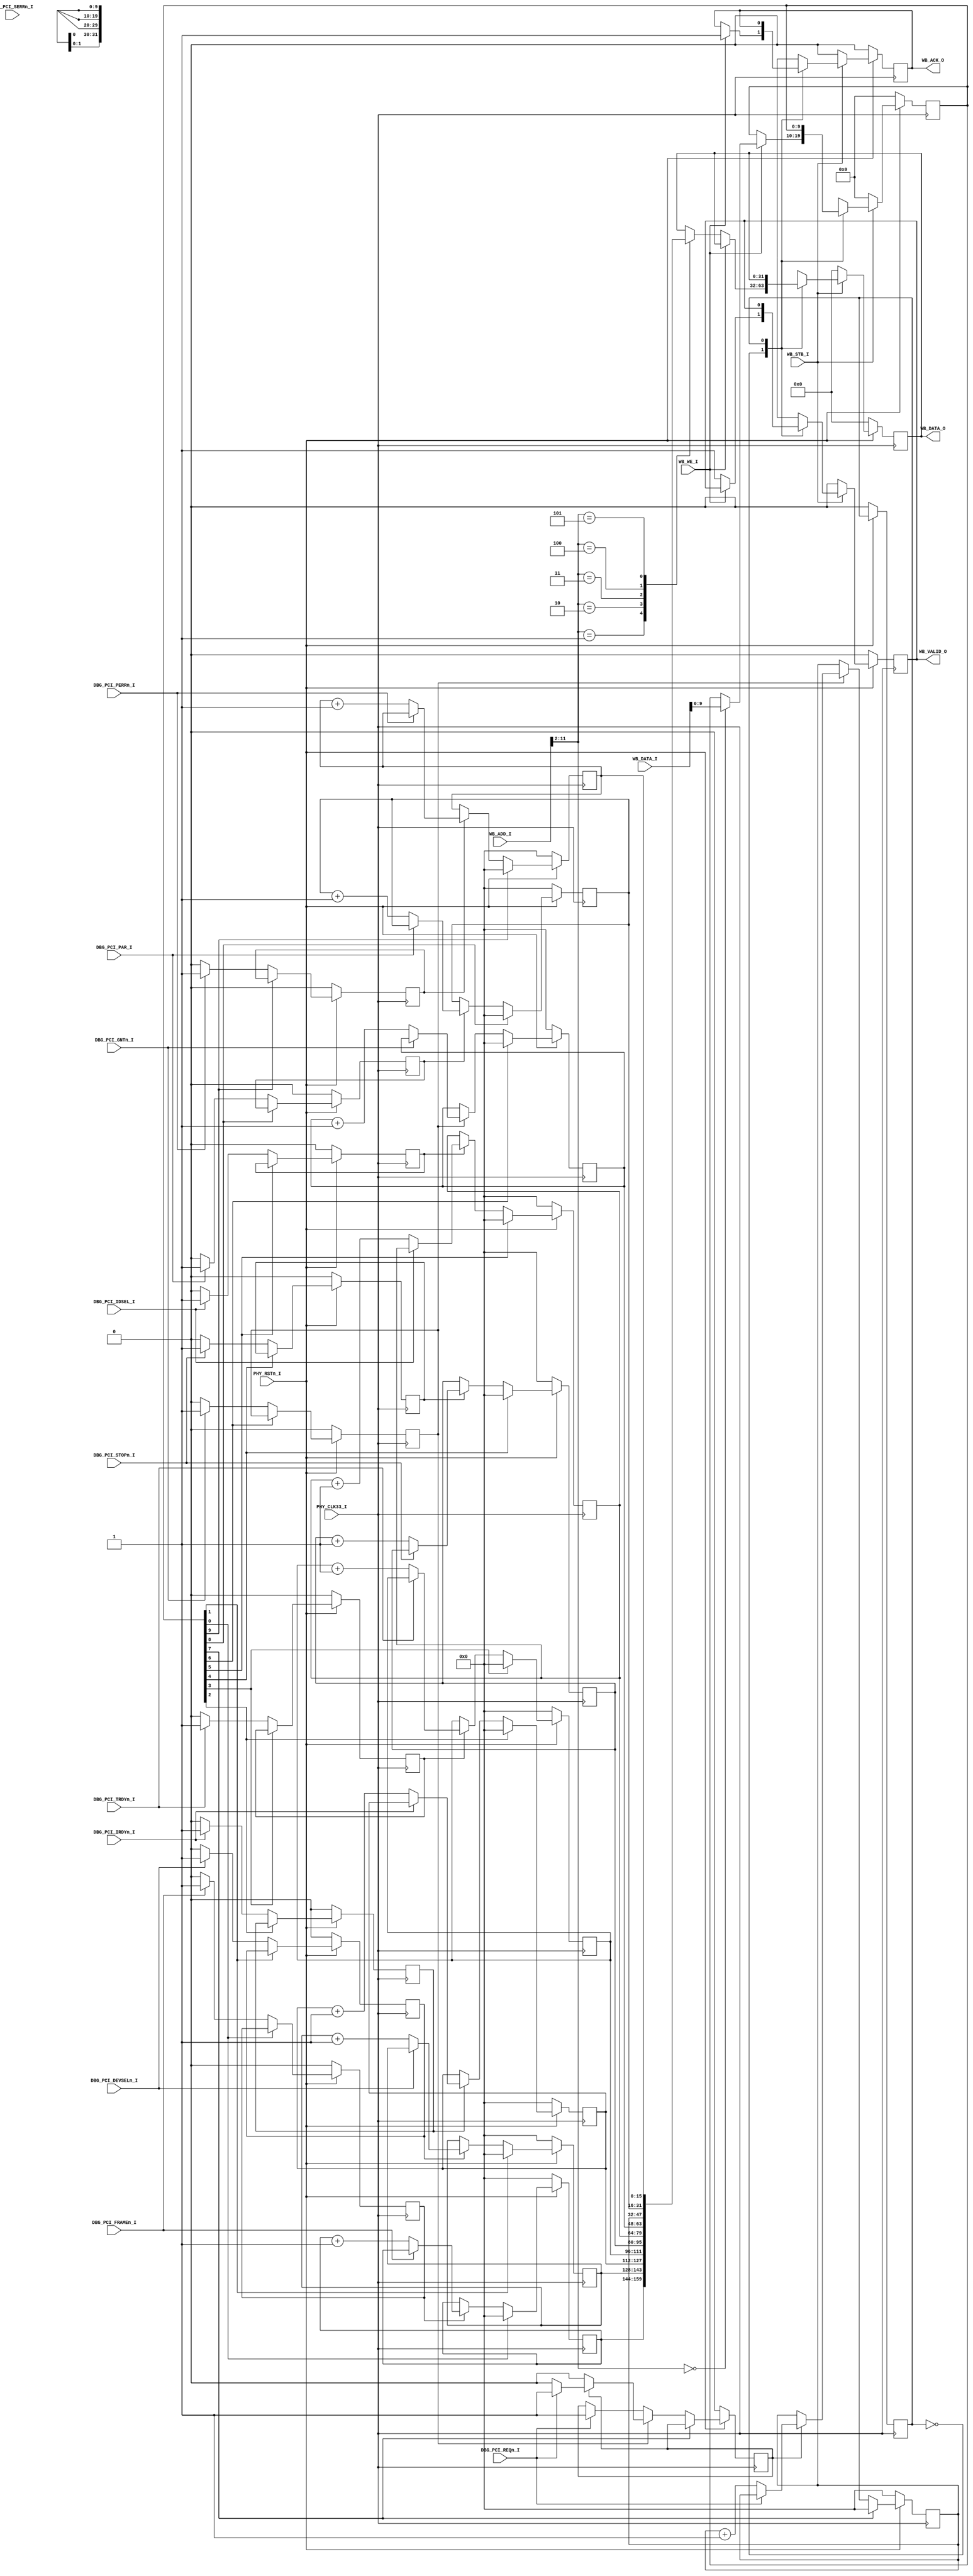
`timescale 1ns / 1ps
//////////////////////////////////////////////////////////////////////////////////
// Company: 
// Engineer: 
// 
// Design Name: 
// Module Name: WB_DEBUG_SLAVE
// Project Name: 
// Target Devices: 
// Tool Versions: 
// Description: 
// 
// Dependencies: 
// 
// Revision:
// Revision 0.01 - File Created
// Additional Comments:
// 
//////////////////////////////////////////////////////////////////////////////////


module WB_DEBUG_SLAVE(
	input PHY_CLK33_I,
	input PHY_RSTn_I,
	
	
	input      [31:0]  WB_ADD_I,
	output reg [31:0]  WB_DATA_O = 0,
	input      [31:0]  WB_DATA_I,
	
	output reg WB_ACK_O = 0,
	output reg WB_VALID_O = 0,
	
	input WB_STB_I,
	input WB_WE_I,
	
	
	input DBG_PCI_FRAMEn_I,
	input DBG_PCI_IRDYn_I,
	input DBG_PCI_TRDYn_I,
	input DBG_PCI_DEVSELn_I,
	input DBG_PCI_STOPn_I,
	input DBG_PCI_PAR_I,
	input DBG_PCI_PERRn_I,
	input DBG_PCI_SERRn_I,
	input DBG_PCI_REQn_I,
	input DBG_PCI_GNTn_I,
	
	input DBG_PCI_IDSEL_I
	
	
    );
	reg [9:0] dbg_ctr = 0;
	reg [15:0] framen_cnt = 0;
	reg [15:0] irdyn_cnt = 0;
	reg [15:0] trdyn_cnt = 0;
	reg [15:0] devseln_cnt = 0;
	reg [15:0] stopn_cnt = 0;
	reg [15:0] par_cnt = 0;
	reg [15:0] perrn_cnt = 0;
	reg [15:0] reqn_cnt = 0;
	reg [15:0] gntn_cnt = 0;
	reg [15:0] idsel_cnt = 0;
	

	
	reg WB_DBG_SLAVE_STATE = 0;
	
	always @(posedge PHY_CLK33_I)
		if(PHY_RSTn_I == 0)
			begin
				
				WB_DATA_O = 0;
				WB_ACK_O = 0;
				WB_VALID_O = 0;
				
				WB_DBG_SLAVE_STATE = 0;
				
				dbg_ctr = 0;
					
			end
		else if (WB_STB_I == 0)
			begin
				WB_DATA_O = 0;
				WB_ACK_O = 0;
				WB_VALID_O = 0;
				dbg_ctr = 0;
				//WB_DBG_SLAVE_STATE = 0;
			end
		else
			case(WB_DBG_SLAVE_STATE)
				0 :
					begin
						//WB_DBG_SLAVE_STATE = 1;
						if(WB_WE_I == 0)
							begin
								case (WB_ADD_I[11:2])
									/*0 : 
										begin	 
											WB_DATA_O = counter;

										end */
									1 :
										begin
											WB_DATA_O = {framen_cnt,devseln_cnt};
										end
									2 : 
										begin
											WB_DATA_O = {irdyn_cnt,trdyn_cnt};
										end
									3 : 
										begin
											WB_DATA_O = {stopn_cnt,idsel_cnt};
										end
									4 : 
										begin
											WB_DATA_O = {gntn_cnt,reqn_cnt};
										end
									5 : 
										begin
											WB_DATA_O = {par_cnt,perrn_cnt};
										end
									
								endcase
								WB_VALID_O = 1;
							end
						else
							begin
								case (WB_ADD_I[11:2])
									0 : // dbg_ctr
										begin
											dbg_ctr = WB_DATA_I;
										end
									
								endcase
								WB_ACK_O = 1;
							end
					end
				1 : ;
			endcase
		
	
			
		reg framen_cnt_stat = 0;
		always @(posedge PHY_CLK33_I)
			if(PHY_RSTn_I == 0)
				begin
					framen_cnt_stat = 0;
					framen_cnt = 0;
				end
			else if (dbg_ctr[0] == 1)
					framen_cnt = 0;
			else if (framen_cnt_stat == 0)
				begin
					if (DBG_PCI_FRAMEn_I == 1)
						begin
							framen_cnt_stat = 1;
						end
				end
			else if (framen_cnt_stat == 1)
				begin
					if (DBG_PCI_FRAMEn_I == 0)
						begin
							framen_cnt_stat = 0;
							framen_cnt = framen_cnt + 1;
						end
				end
				
		reg devseln_cnt_stat = 0;
		always @(posedge PHY_CLK33_I)
			if(PHY_RSTn_I == 0)
				begin
					devseln_cnt_stat = 0;
					devseln_cnt = 0;
				end
			else if (dbg_ctr[1] == 1)
					devseln_cnt = 0;
			else if (devseln_cnt_stat == 0)
				begin
					if (DBG_PCI_DEVSELn_I == 1)
						begin
							devseln_cnt_stat = 1;
						end
				end
			else if (devseln_cnt_stat == 1)
				begin
					if (DBG_PCI_DEVSELn_I == 0)
						begin
							devseln_cnt_stat = 0;
							devseln_cnt = devseln_cnt + 1;
						end
				end
			
			
			
				
		reg irdyn_cnt_stat = 0;
		always @(posedge PHY_CLK33_I)
			if(PHY_RSTn_I == 0)
				begin
					irdyn_cnt_stat = 0;
					irdyn_cnt = 0;
				end
			else if (dbg_ctr[2] == 1)
					irdyn_cnt = 0;
			else if (irdyn_cnt_stat == 0)
				begin
					if (DBG_PCI_IRDYn_I == 1)
						begin
							irdyn_cnt_stat = 1;
						end
				end
			else if (irdyn_cnt_stat == 1)
				begin
					if (DBG_PCI_IRDYn_I == 0)
						begin
							irdyn_cnt_stat = 0;
							irdyn_cnt = irdyn_cnt + 1;
						end
				end	
				
		
		reg trdyn_cnt_stat = 0;
		always @(posedge PHY_CLK33_I)
			if(PHY_RSTn_I == 0)
				begin
					trdyn_cnt_stat = 0;
					trdyn_cnt = 0;
				end
			else if (dbg_ctr[3] == 1)
					trdyn_cnt = 0;
			else if (trdyn_cnt_stat == 0)
				begin
					if (DBG_PCI_TRDYn_I == 1)
						begin
							trdyn_cnt_stat = 1;
						end
				end
			else if (trdyn_cnt_stat == 1)
				begin
					if (DBG_PCI_TRDYn_I == 0)
						begin
							trdyn_cnt_stat = 0;
							trdyn_cnt = trdyn_cnt + 1;
						end
				end	
				
			
				
		reg stopn_cnt_stat = 0;
		always @(posedge PHY_CLK33_I)
			if(PHY_RSTn_I == 0)
				begin
					stopn_cnt_stat = 0;
					stopn_cnt = 0;
				end
			else if (dbg_ctr[4] == 1)
					stopn_cnt = 0;
			else if (stopn_cnt_stat == 0)
				begin
					if (DBG_PCI_STOPn_I == 1)
						begin
							stopn_cnt_stat = 1;
						end
				end
			else if (stopn_cnt_stat == 1)
				begin
					if (DBG_PCI_STOPn_I == 0)
						begin
							stopn_cnt_stat = 0;
							stopn_cnt = stopn_cnt + 1;
						end
				end
				
				
				
		reg idsel_cnt_stat = 0;
		always @(posedge PHY_CLK33_I)
			if(PHY_RSTn_I == 0)
				begin
					idsel_cnt_stat = 0;
					idsel_cnt = 0;
				end
			else if (dbg_ctr[5] == 1)
					idsel_cnt = 0;
			else if (idsel_cnt_stat == 0)
				begin
					if (DBG_PCI_IDSEL_I == 1)
						begin
							idsel_cnt_stat = 1;
						end
				end
			else if (idsel_cnt_stat == 1)
				begin
					if (DBG_PCI_IDSEL_I == 0)
						begin
							idsel_cnt_stat = 0;
							idsel_cnt = idsel_cnt + 1;
						end
				end
			
			
		reg gntn_cnt_stat = 0;
		always @(posedge PHY_CLK33_I)
			if(PHY_RSTn_I == 0)
				begin
					gntn_cnt_stat = 0;
					gntn_cnt = 0;
				end
			else if (dbg_ctr[6] == 1)
					gntn_cnt = 0;
			else if (gntn_cnt_stat == 0)
				begin
					if (DBG_PCI_GNTn_I == 1)
						begin
							gntn_cnt_stat = 1;
						end
				end
			else if (gntn_cnt_stat == 1)
				begin
					if (DBG_PCI_GNTn_I == 0)
						begin
							gntn_cnt_stat = 0;
							gntn_cnt = gntn_cnt + 1;
						end
				end
				
				
		reg reqn_cnt_stat = 0;
		always @(posedge PHY_CLK33_I)
			if(PHY_RSTn_I == 0)
				begin
					reqn_cnt_stat = 0;
					reqn_cnt = 0;
				end
			else if (dbg_ctr[7] == 1)
					reqn_cnt = 0;
			else if (gntn_cnt_stat == 0)
				begin
					if (DBG_PCI_REQn_I == 1)
						begin
							reqn_cnt_stat = 1;
						end
				end
			else if (reqn_cnt_stat == 1)
				begin
					if (DBG_PCI_REQn_I == 0)
						begin
							reqn_cnt_stat = 0;
							reqn_cnt = reqn_cnt + 1;
						end
				end
				
				
		reg par_cnt_stat = 0;
		always @(posedge PHY_CLK33_I)
			if(PHY_RSTn_I == 0)
				begin
					par_cnt_stat = 0;
					par_cnt = 0;
				end
			else if (dbg_ctr[8] == 1)
					par_cnt = 0;
			else if (par_cnt_stat == 0)
				begin
					if (DBG_PCI_PAR_I == 1)
						begin
							par_cnt_stat = 1;
						end
				end
			else if (par_cnt_stat == 1)
				begin
					if (DBG_PCI_PAR_I == 0)
						begin
							par_cnt_stat = 0;
							par_cnt = par_cnt + 1;
						end
				end
				
		
		reg perrn_cnt_stat = 0;
		always @(posedge PHY_CLK33_I)
			if(PHY_RSTn_I == 0)
				begin
					perrn_cnt_stat = 0;
					perrn_cnt = 0;
				end
			else if (dbg_ctr[9] == 1)
					perrn_cnt = 0;
			else if (perrn_cnt_stat == 0)
				begin
					if (DBG_PCI_PERRn_I == 1)
						begin
							perrn_cnt_stat = 1;
						end
				end
			else if (perrn_cnt_stat == 1)
				begin
					if (DBG_PCI_PERRn_I == 0)
						begin
							perrn_cnt_stat = 0;
							perrn_cnt = perrn_cnt + 1;
						end
				end
			
			
		
				
		
		
	
endmodule